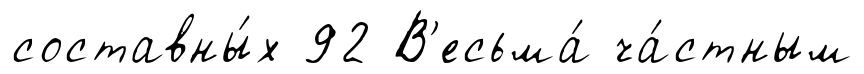
составны́х 92 В'есьма́ ча́стным